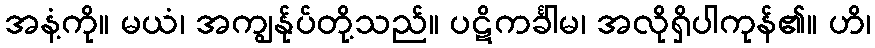
အနံ့ကို။ မယံ၊ အကျွန်ုပ်တို့သည်။ ပဋိကင်္ခါမ၊ အလိုရှိပါကုန်၏။ ဟိ၊